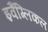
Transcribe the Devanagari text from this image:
इवैंग्लिकल